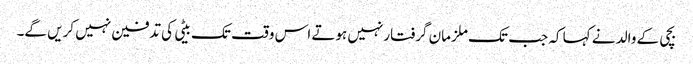
بچی کے والد نے کہا کہ جب تک ملزمان گرفتارنہیں ہوتے اس وقت تک بیٹی کی تدفین نہیں کریں گے۔